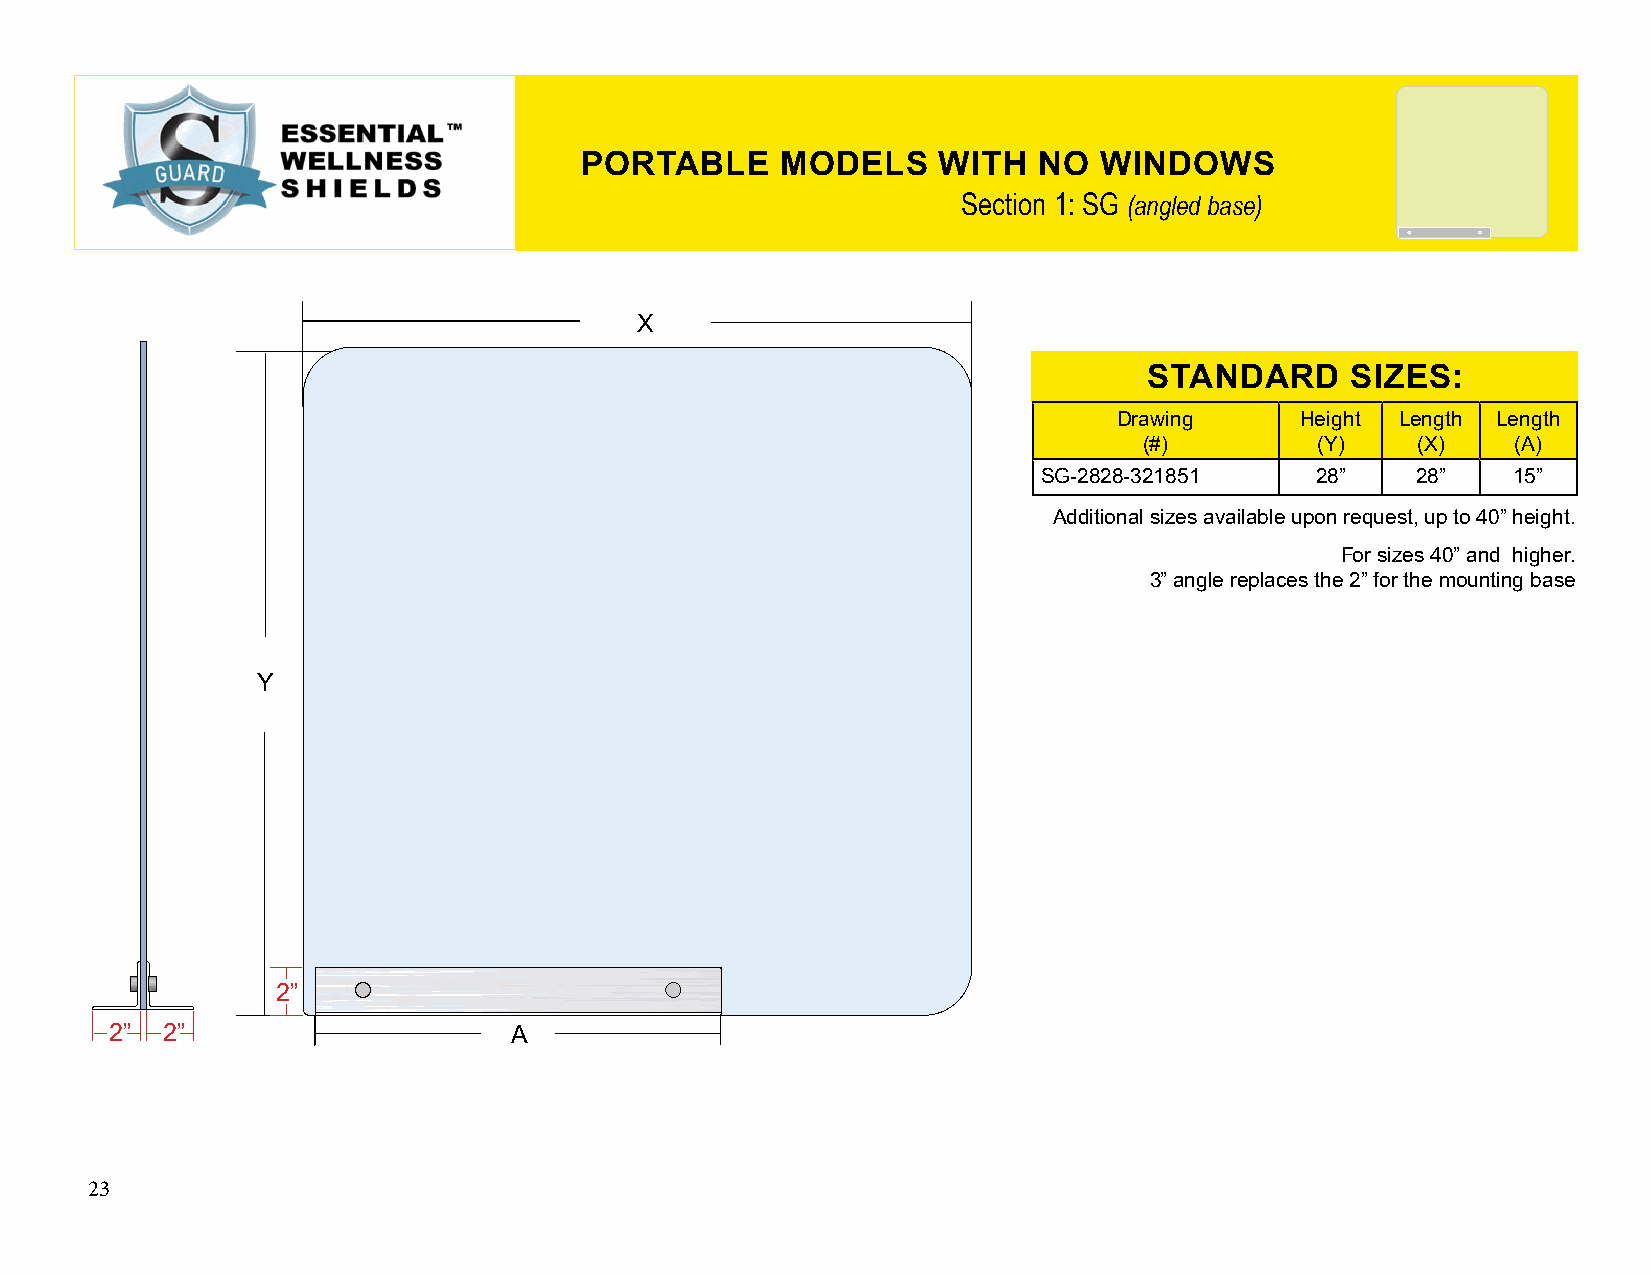
PORTABLE      MODELS    WITH   NO  WINDOWS
 Section 1: SG (angled base)
 X
 STANDARD     SIZES:
 Drawing     Height Length Length
 (#)        (Y)    (X)   (A)
 SG-2828-321851    28”    28”   15”
 Additional sizes available upon request, up to 40” height.
 For sizes 40” and higher.
 3” angle replaces the 2” for the mounting base
 Y
 2”
 2”  2”                     A
 23